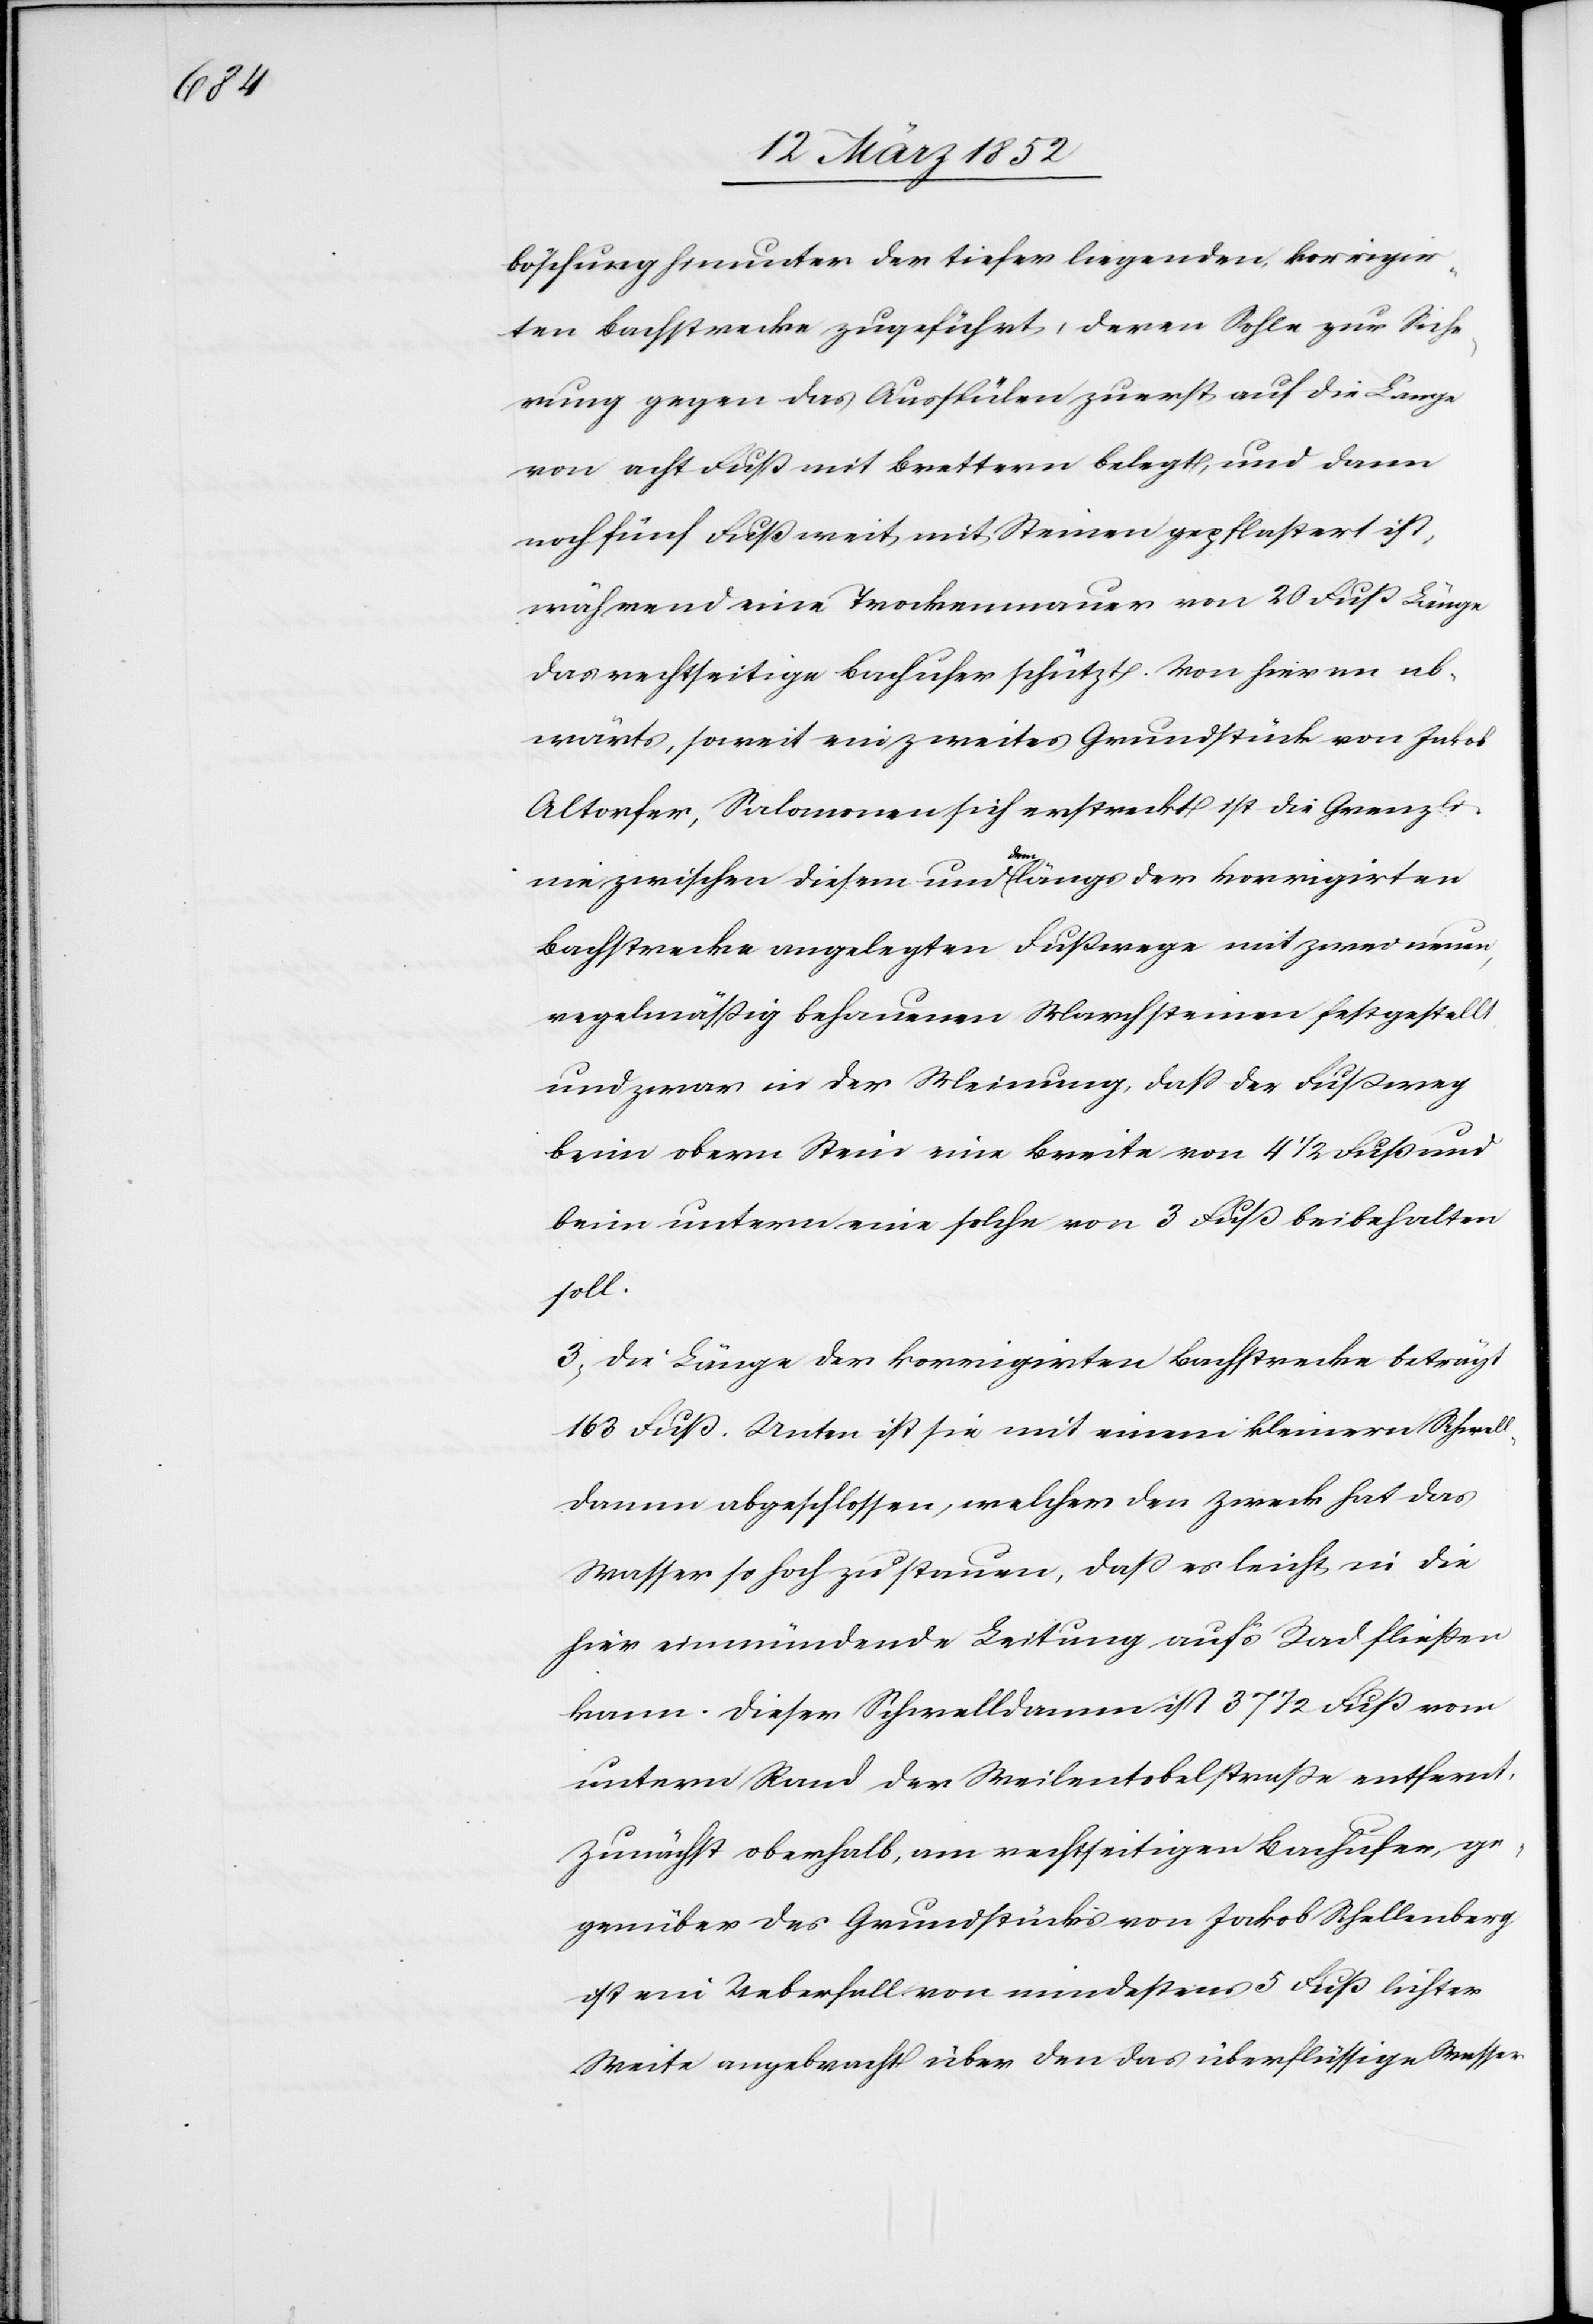
böschung hinunter der tiefer liegenden, korrigir¬
ten Bachstrecke zugeführt, deren Sohle zur Siche¬
rung gegen das Ausspülen zuerst auf die Länge
von acht Fuß mit Brettern belegt, und dann
noch fünf Fuß weit mit Steinen gepflastert ist,
während eine Trockenmauer von 20 Fuß Länge
das rechtseitige Bachufer schützt. Von hier an ab¬
wärts, soweit ein zweites Grundstück von Jakob
Altorfer, Salomonen sich erstreckt ist die Grenzl¬
inie zwischen diesem und dem längs der korrigirten
Bachstrecke angelegten Fußwege mit zwei neuen,
regelmäßig behauenen Marchsteinen festgestellt
und zwar in der Meinung, daß der Fußweg
beim obern Stein eine Breite von 4 1/2 Fuß und
beim untern eine solche von 3 Fuß beibehalten
soll.
3) Die Länge der korrigirten Bachstrecke beträgt
163 Fuß. Unten ist sie mit einem kleinern Schwell¬
damm abgeschlossen, welcher den Zweck hat das
Wasser so hoch zu stauen, daß es leicht in die
hier einmündende Leitung aufs Rad fließen
kann. Dieser Schwelldamm ist 37 1/2 Fuß vom
untern Rand der Weilentobelstraße entfernt.
Zunächst oberhalb, am rechtseitigen Bachufer, ge¬
genüber des Grundstückes von Jakob Schellenberg
ist ein Ueberfall von mindestens 5 Fuß leichter
Weite angebracht über den das überflüssige Wasser